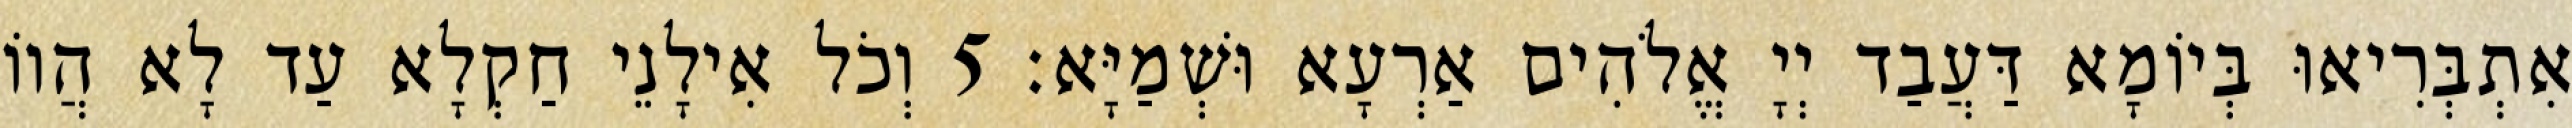
אִתְבְּרִיאוּ בְּיוֹמָא דַּעֲבַד יְיָ אֱלֹהִים אַרְעָא וּשְׁמַיָּא׃ 5 וְכֹל אִילָנֵי חַקְלָא עַד לָא הֲווֹ